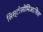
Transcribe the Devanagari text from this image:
सिस्टोसोमिआसिस